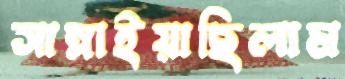
সাম্‌লাইয়াছিলাম